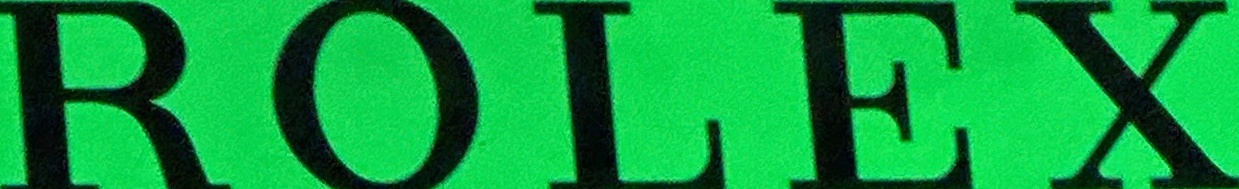
ROLEX